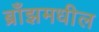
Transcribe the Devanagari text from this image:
ब्राँझमधील